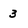
Character: 3